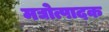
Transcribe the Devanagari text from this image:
मद्योत्पादक